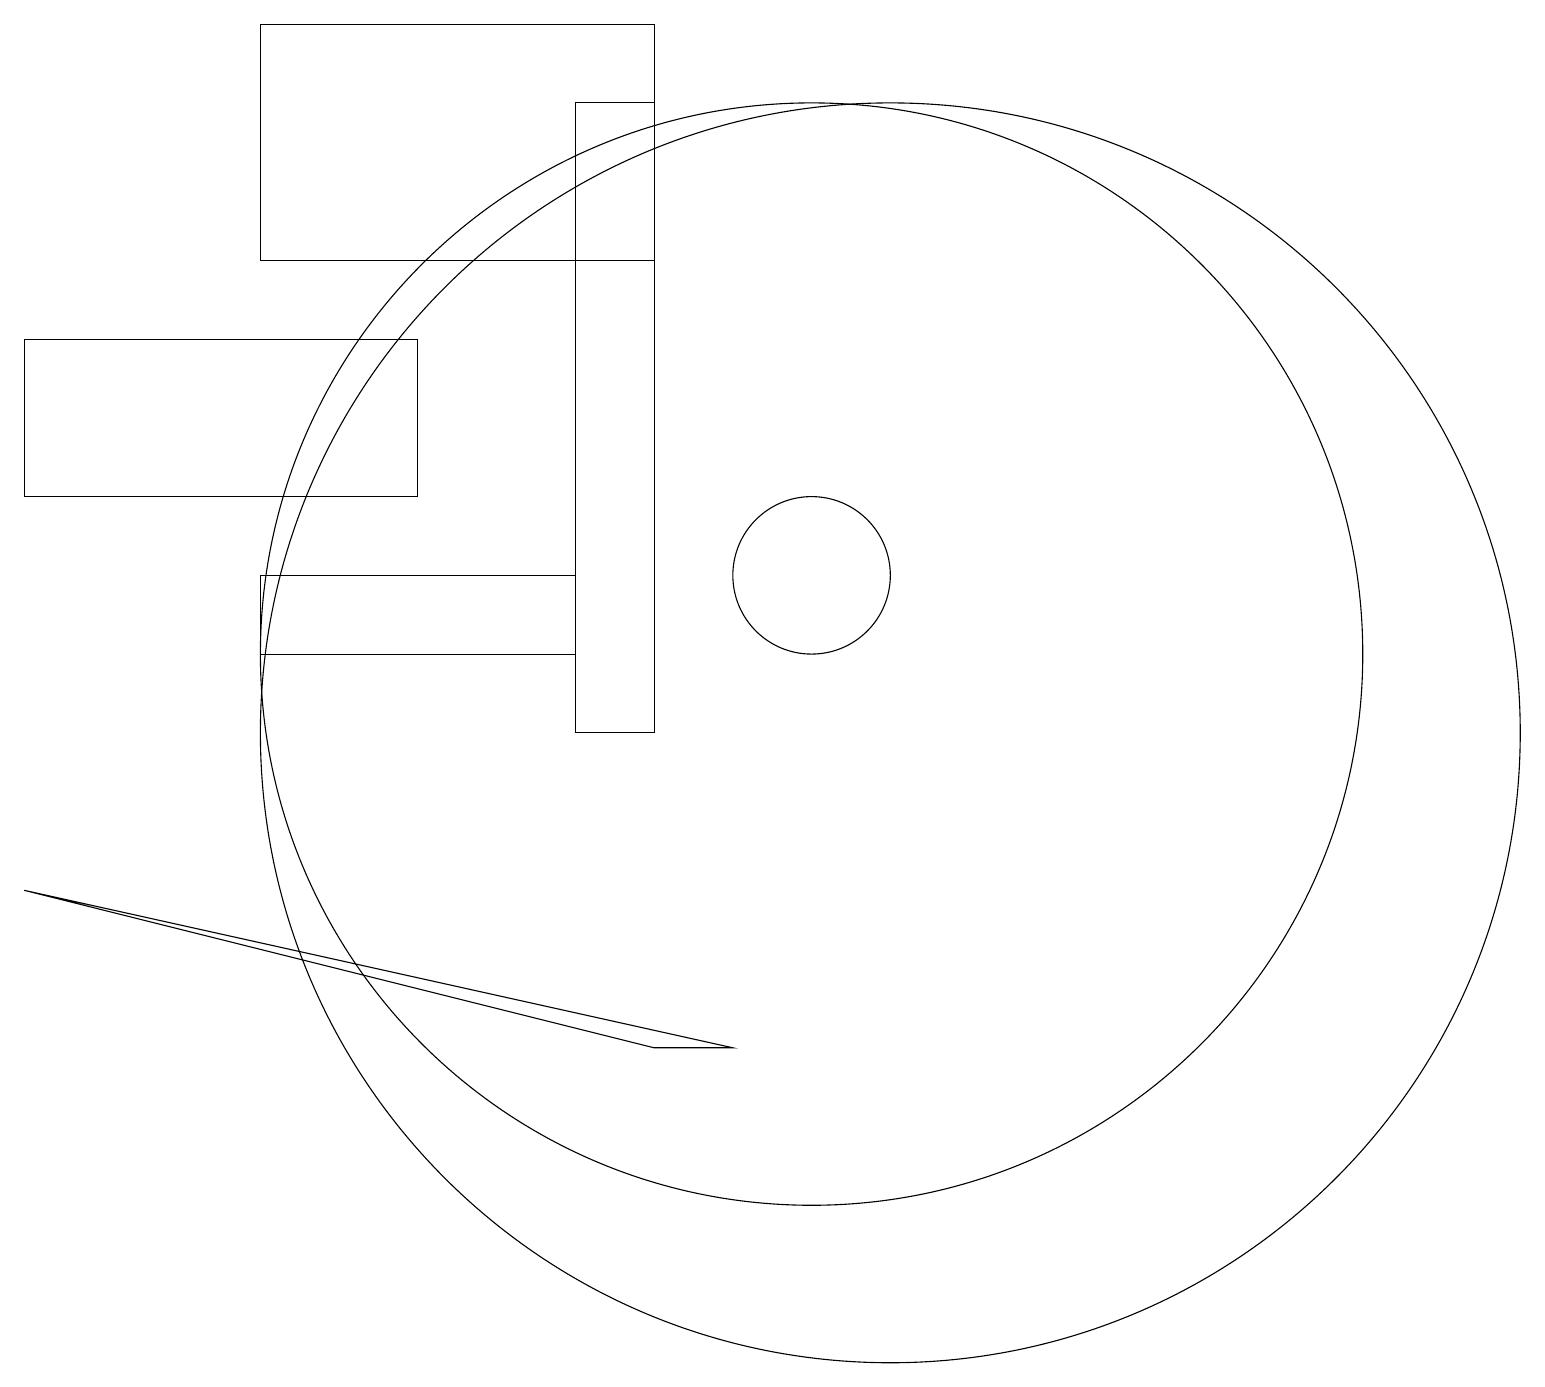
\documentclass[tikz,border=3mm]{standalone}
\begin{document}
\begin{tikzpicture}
\draw (3,11) rectangle (7,12);
\draw (10,12) circle (1);
\draw (0,13) rectangle (5,15);
\draw (11,10) circle (8);
\draw (8,6) -- (0,8) -- (9,6) -- cycle;
\draw (10,11) circle (7);
\draw (8,16) rectangle (3,19);
\draw (7,18) rectangle (8,10);
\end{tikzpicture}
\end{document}